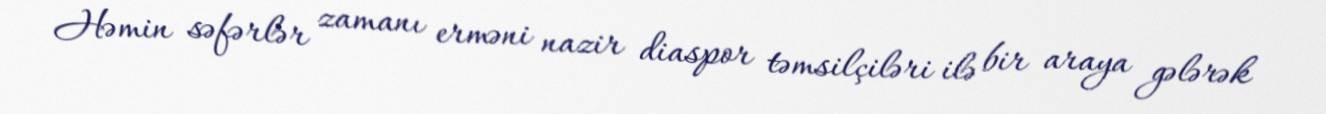
Həmin səfərlər zamanı erməni nazir diaspor təmsilçiləri ilə bir araya gələrək